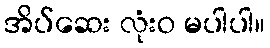
အိပ်ဆေး လုံးဝ မပါပါ။